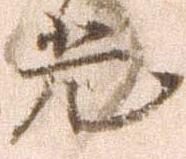
光